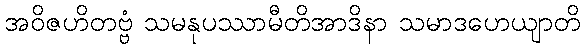
အဝိဇဟိတဗ္ဗံ သမနုပဿာမီတိအာဒိနာ သမာဒဟေယျာတိ